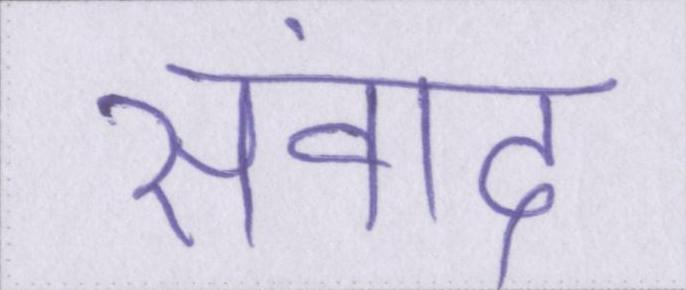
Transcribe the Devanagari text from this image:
संवाद